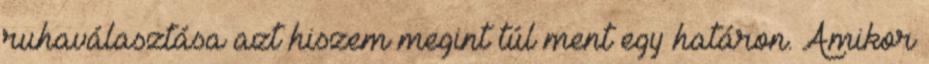
ruhaválasztása azt hiszem megint túl ment egy határon. Amikor